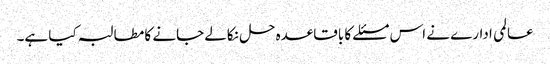
عالمی ادارے نے اس مسئلے کا باقاعدہ حل نکالے جانے کا مطالبہ کیا ہے۔